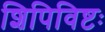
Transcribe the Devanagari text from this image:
शिपिविष्टः